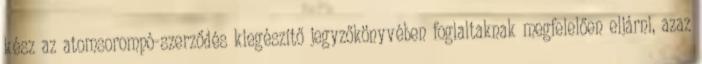
kész az atomsorompó-szerződés kiegészítő jegyzőkönyvében foglaltaknak megfelelően eljárni, azaz